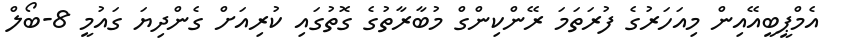
އެމްޕީބީއޭއިން މިއަހަރުގެ ފުރަތަމަ ރޭންކިންގް މުބާރާތުގެ ގޮތުގައި ކުރިއަށް ގެންދިޔަ ގައުމީ 8-ބޯލް